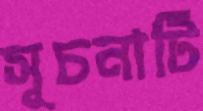
সূচনাটি